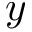
y